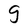
Character: g